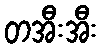
တအီးအီး